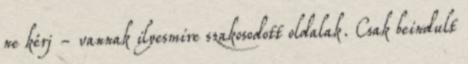
ne kérj - vannak ilyesmire szakosodott oldalak. Csak beindult